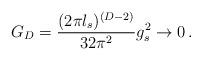
LaTeX: \begin{align*}G_D = {({2\pi l_s})^{(D-2)}\over32 \pi^2} g_s^2 \rightarrow 0 \, .\end{align*}